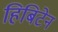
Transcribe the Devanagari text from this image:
हिबिटेन